Vaccination in Bombay 1863-1868 - 1863-1868
Year: 1863
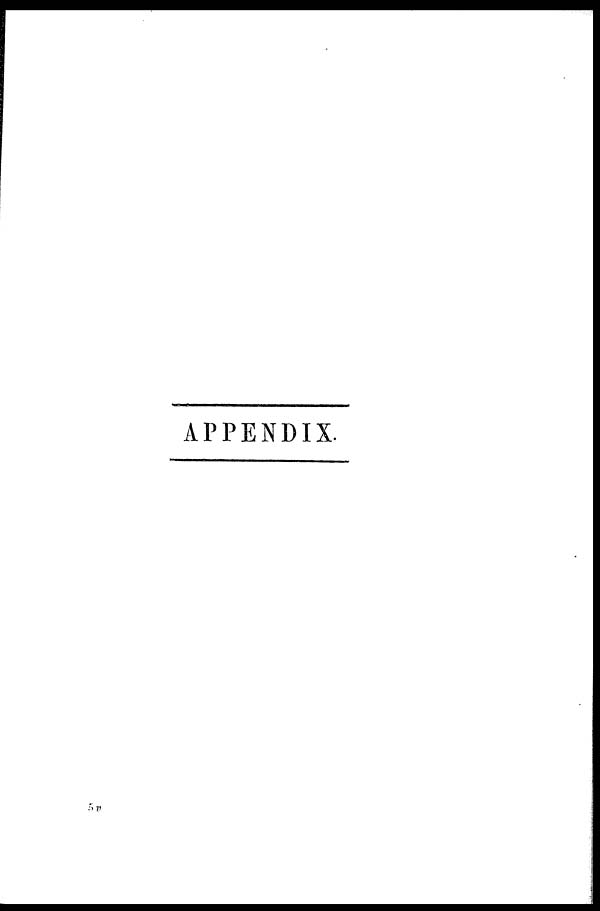
APPENDIX.
5 v